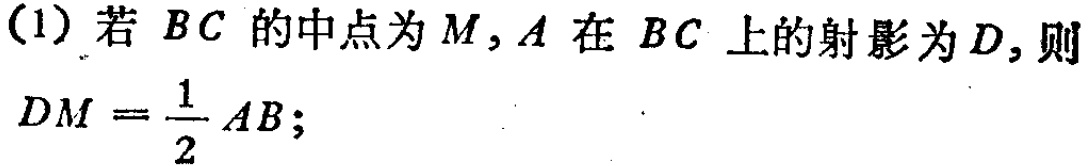
(1) 若 \(BC\) 的中点为 \(M\), \(A\) 在 \(BC\) 上的射影为 \(D\), 则

\(DM = \frac{1}{2}AB\);